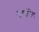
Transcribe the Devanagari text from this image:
अण्णांचेच